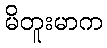
မိတူးမာက